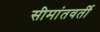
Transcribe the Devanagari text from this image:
सीमांतवर्ती